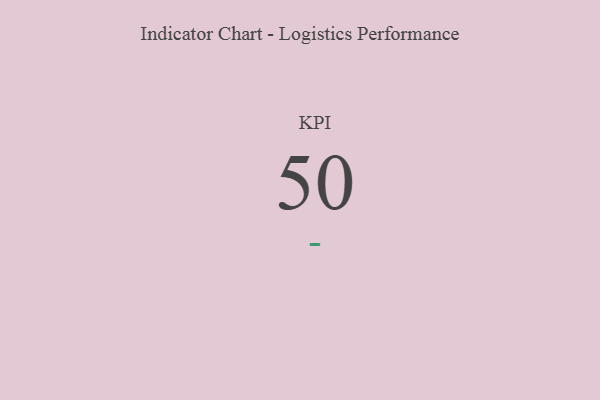
{"axis": {"x": "KPI", "y": "Value"}, "legend": [""], "data": [{"x": "KPI", "y": 50, "type": ""}]}